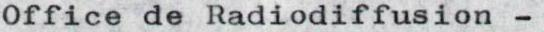
Officede Radiodiffusion -